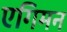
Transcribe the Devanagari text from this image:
एगिमन